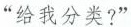
“给我分类?”